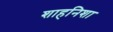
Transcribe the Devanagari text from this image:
शाहनिशा